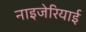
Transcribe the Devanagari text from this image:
नाइजेरियाई